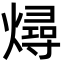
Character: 燖